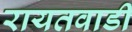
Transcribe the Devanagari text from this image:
रायतवाडी